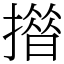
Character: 𢵄